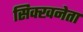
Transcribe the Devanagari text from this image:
सिक्खनेता